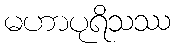
မဟာပုရိသဿ